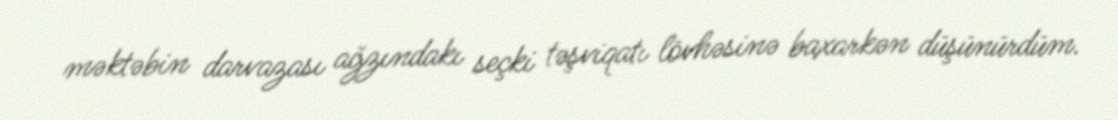
məktəbin darvazası ağzındakı seçki təşviqatı lövhəsinə baxarkən düşünürdüm.